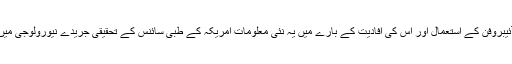
رعشہ سے متعلق آئیبروفن کے استعمال اور اس کی افادیت کے بارے میں یہ نئی معلومات امریکہ کے طبی سائنس کے تحقیقی جریدے نیورولوجی میں شائع کی گئی ہیں۔